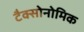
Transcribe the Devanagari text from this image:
टैक्सोनोमिक